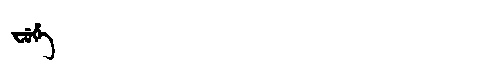
Manchu: ᠸᡠᡥᡝ
Romanization: FUHE